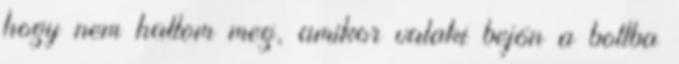
hogy nem hallom meg, amikor valaki bejön a boltba